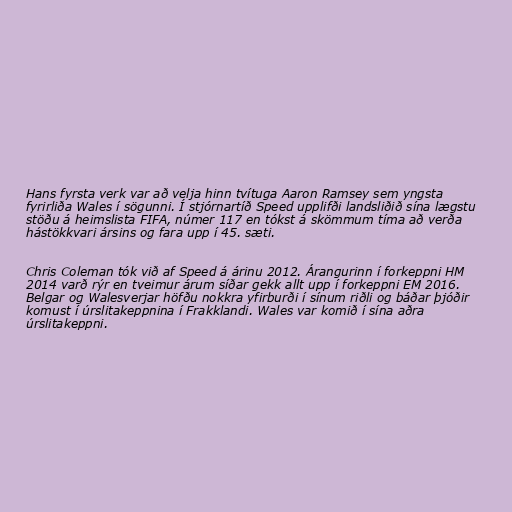
Hans fyrsta verk var að velja hinn tvítuga Aaron Ramsey sem yngsta
fyrirliða Wales í sögunni. Í stjórnartíð Speed upplifði landsliðið sína lægstu
stöðu á heimslista FIFA, númer 117 en tókst á skömmum tíma að verða
hástökkvari ársins og fara upp í 45. sæti.

Chris Coleman tók við af Speed á árinu 2012. Árangurinn í forkeppni HM
2014 varð rýr en tveimur árum síðar gekk allt upp í forkeppni EM 2016.
Belgar og Walesverjar höfðu nokkra yfirburði í sínum riðli og báðar þjóðir
komust í úrslitakeppnina í Frakklandi. Wales var komið í sína aðra
úrslitakeppni.